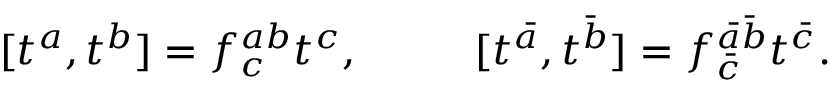
[ t ^ { a } , t ^ { b } ] = f _ { c } ^ { a b } t ^ { c } , ~ ~ ~ ~ ~ ~ ~ ~ [ t ^ { \bar { a } } , t ^ { \bar { b } } ] = f _ { \bar { c } } ^ { \bar { a } \bar { b } } t ^ { \bar { c } } .